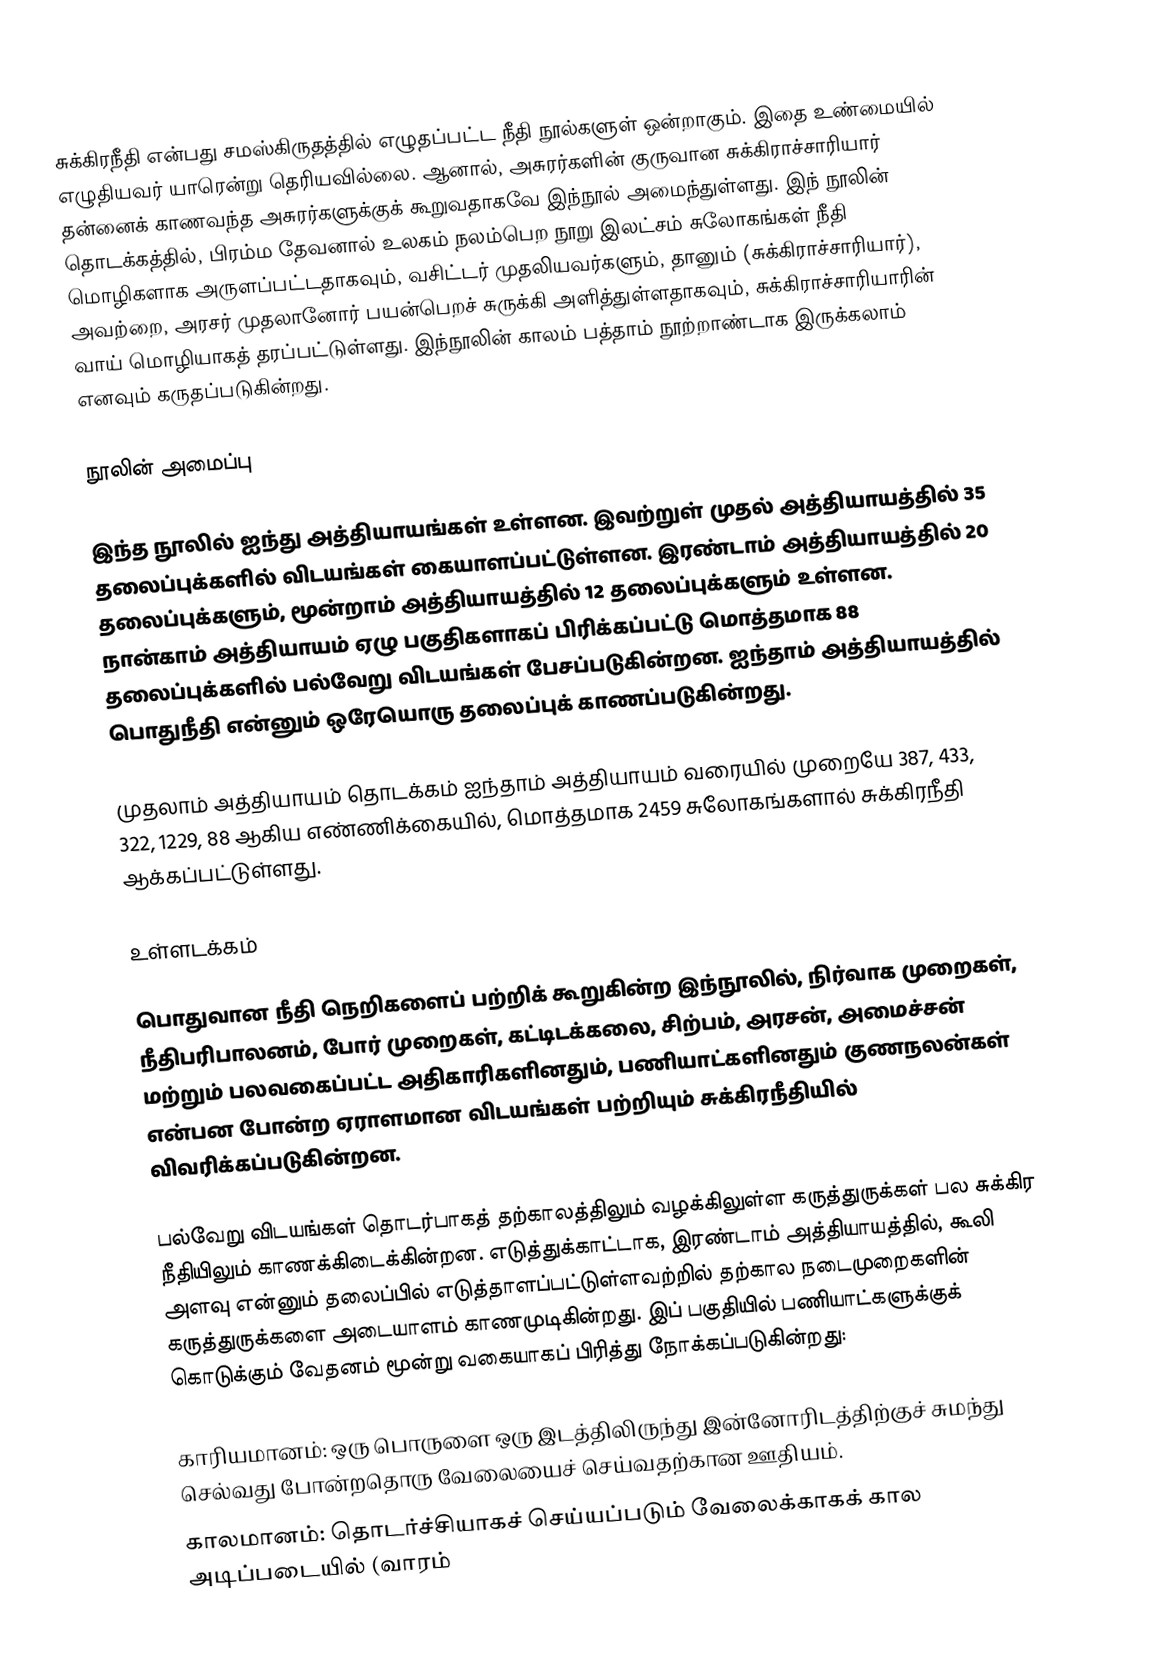
சுக்கிரநீதி என்பது சமஸ்கிருதத்தில் எழுதப்பட்ட நீதி நூல்களுள் ஒன்றாகும். இதை உண்மையில் எழுதியவர் யாரென்று தெரியவில்லை. ஆனால், அசுரர்களின் குருவான சுக்கிராச்சாரியார் தன்னைக் காணவந்த அசுரர்களுக்குக் கூறுவதாகவே இந்நூல் அமைந்துள்ளது. இந் நூலின் தொடக்கத்தில், பிரம்ம தேவனால் உலகம் நலம்பெற நூறு இலட்சம் சுலோகங்கள் நீதி மொழிகளாக அருளப்பட்டதாகவும், வசிட்டர் முதலியவர்களும், தானும் (சுக்கிராச்சாரியார்), அவற்றை, அரசர் முதலானோர் பயன்பெறச் சுருக்கி அளித்துள்ளதாகவும், சுக்கிராச்சாரியாரின் வாய் மொழியாகத் தரப்பட்டுள்ளது. இந்நூலின் காலம் பத்தாம் நூற்றாண்டாக இருக்கலாம் எனவும் கருதப்படுகின்றது.

நூலின் அமைப்பு

இந்த நூலில் ஐந்து அத்தியாயங்கள் உள்ளன. இவற்றுள் முதல் அத்தியாயத்தில் 35 தலைப்புக்களில் விடயங்கள் கையாளப்பட்டுள்ளன. இரண்டாம் அத்தியாயத்தில் 20 தலைப்புக்களும், மூன்றாம் அத்தியாயத்தில் 12 தலைப்புக்களும் உள்ளன. நான்காம் அத்தியாயம் ஏழு பகுதிகளாகப் பிரிக்கப்பட்டு மொத்தமாக 88 தலைப்புக்களில் பல்வேறு விடயங்கள் பேசப்படுகின்றன. ஐந்தாம் அத்தியாயத்தில் பொதுநீதி என்னும் ஒரேயொரு தலைப்புக் காணப்படுகின்றது.

முதலாம் அத்தியாயம் தொடக்கம் ஐந்தாம் அத்தியாயம் வரையில் முறையே 387, 433, 322, 1229, 88 ஆகிய எண்ணிக்கையில், மொத்தமாக 2459 சுலோகங்களால் சுக்கிரநீதி ஆக்கப்பட்டுள்ளது.

உள்ளடக்கம்

பொதுவான நீதி நெறிகளைப் பற்றிக் கூறுகின்ற இந்நூலில், நிர்வாக முறைகள், நீதிபரிபாலனம், போர் முறைகள், கட்டிடக்கலை, சிற்பம், அரசன், அமைச்சன் மற்றும் பலவகைப்பட்ட அதிகாரிகளினதும், பணியாட்களினதும் குணநலன்கள் என்பன போன்ற ஏராளமான விடயங்கள் பற்றியும் சுக்கிரநீதியில் விவரிக்கப்படுகின்றன.

பல்வேறு விடயங்கள் தொடர்பாகத் தற்காலத்திலும் வழக்கிலுள்ள கருத்துருக்கள் பல சுக்கிர நீதியிலும் காணக்கிடைக்கின்றன. எடுத்துக்காட்டாக, இரண்டாம் அத்தியாயத்தில், கூலி அளவு என்னும் தலைப்பில் எடுத்தாளப்பட்டுள்ளவற்றில் தற்கால நடைமுறைகளின் கருத்துருக்களை அடையாளம் காணமுடிகின்றது. இப் பகுதியில் பணியாட்களுக்குக் கொடுக்கும் வேதனம் மூன்று வகையாகப் பிரித்து நோக்கப்படுகின்றது:

 காரியமானம்: ஒரு பொருளை ஒரு இடத்திலிருந்து இன்னோரிடத்திற்குச் சுமந்து செல்வது போன்றதொரு வேலையைச் செய்வதற்கான ஊதியம்.
 காலமானம்: தொடர்ச்சியாகச் செய்யப்படும் வேலைக்காகக் கால அடிப்படையில் (வாரம்